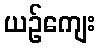
ယဉ်ကျေး